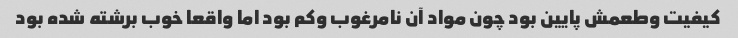
کیفیت وطعمش پایین بود چون مواد آن نامرغوب وکم بود اما واقعا خوب برشته شده بود